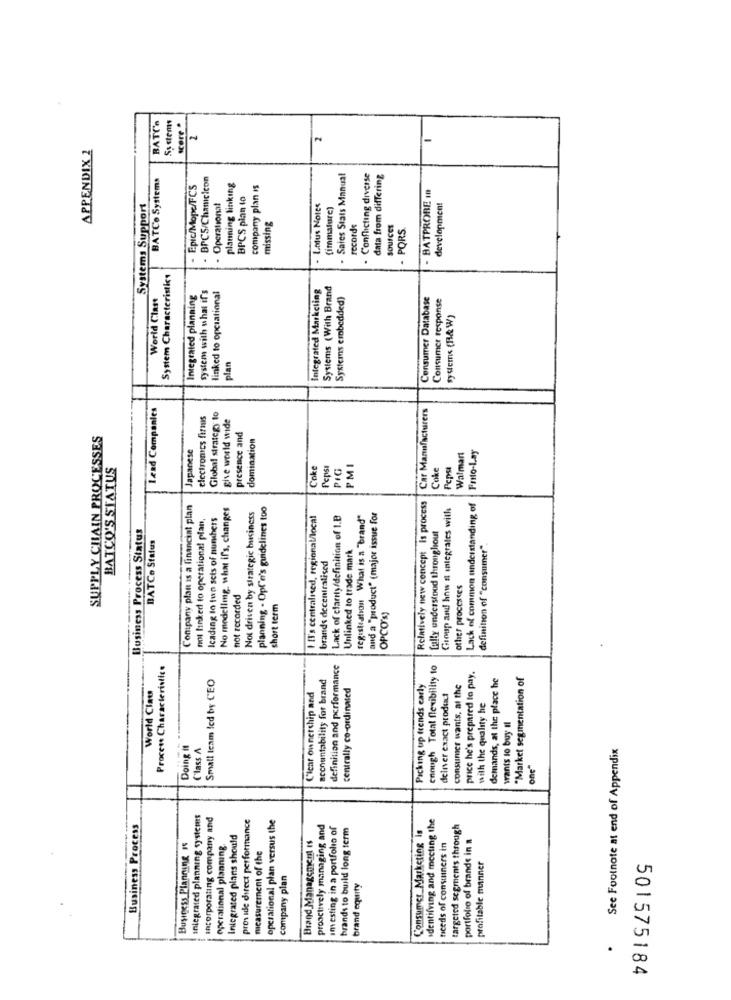
BATCa
score .
2
APPENDIX 2
BATCo Systems
Sales Stats Manual
Conflicting diverse
data from differing
Epic/Mope/FCS
planning linking
company plan is
Systems Support
BPCS pian to
BATPROBE In
- Operationat
Lotus Notes
(immature)
development
missing
records
SOURCES
PORS.
System Characteristics
linked to opciational
Integrated Markcling
Systems (With Brand
World Class
Integrated planning
system with what if's
Systems embedded)
Consumer Database
Consumer response
Systems (B& W)
plan
Lead Companies
Car Manufacturers
electronics firmis
Global strategy to
give world wide
presence and
SUPPLY CHAIN PROCESSES
domination
Japanese
Frito-Lay
Walmart
BATCO'S STATUS
Coke
Pepsi
PIG
PMI
oke
Pepsi
Company plan is a financial plan
No modellmg, what if's, changes
planning - OpCe's guidelines too
Relatively new concept Is process
Group and how it integrales with
Lack of common understanding of
not linked to operational plan,
Icadang to fun sets of numbers
Not driven by strategic business
I Il's centralised, regional/local
Lack of clarity/definition of 1.B
registration What is a "brand"
and a "product" (major issue for
Business Process Status
BATCo Status
fully understood throughout
Unlinked to trade mark
definition of "consumer".
brands decentralised
other processes
not recorded
short term
OPCO's)
Process Characteristics
definition and performance
enough Total flexibility 10
Small Icam led by CEO
accountability for brand
price he's prepared to pay.
demands, at the place he
"Market segmentation of
World Clau
centrally co-ordinated
Picking up trends early
consumer wants, al the
Clear ownership and
deliver exact product
with the quality he
wants to buy Il
Doing It
Class A
See Footnote at end of Appendix
one"
Integrated planning systems
incorporating company and
provide direct performance
operational plan versus the
identifving and mecting the
Business Process
proactively managing and
imesting in a portfolio of
brands to build long term
Consumer Marketing is
targeted segments through
Integrated plans should
Brand Management Is
needs of consuiners in
portfolio of brands in a
Business Planning Is
operational planning.
measurement of the
profitable manner
company plan
brand equity
.
501575184